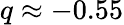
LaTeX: q\approx-0.55